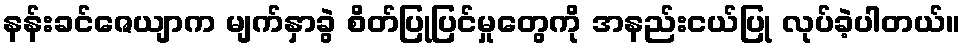
နန်းခင်ဇေယျာက မျက်နှာခွဲ စိတ်ပြုပြင်မှုတွေကို အနည်းငယ်ပြု လုပ်ခဲ့ပါတယ်။